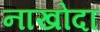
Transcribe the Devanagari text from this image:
नाखोदा